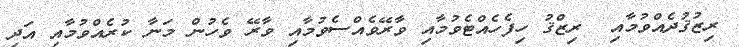
ރިޒުޤުދެއްވުމާއި  ރިޒްޤު ހިފެހެއްޓެވުމާއި ވާރޭވެއްސެވުމާއި ވާރޭ ވެހުން މަނާ ކުރެއްވުމާއި އަދި